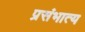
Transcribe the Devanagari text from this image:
प्रसंभात्य